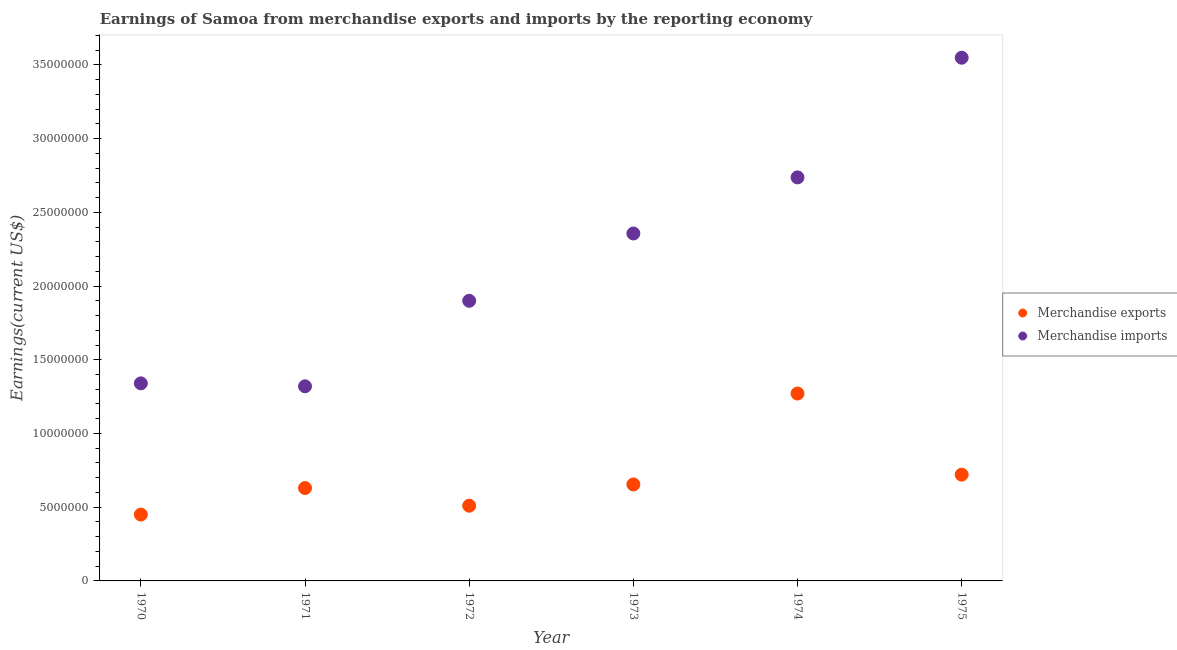
| Year | Merchandise exports | Merchandise imports |
 | --- | --- | --- |
 | 1970 | 4.5e+06 | 1.34e+07 |
 | 1971 | 6.3e+06 | 1.32e+07 |
 | 1972 | 5.1e+06 | 1.9e+07 |
 | 1973 | 6.54e+06 | 2.36e+07 |
 | 1974 | 1.27e+07 | 2.74e+07 |
 | 1975 | 7.21e+06 | 3.55e+07 |